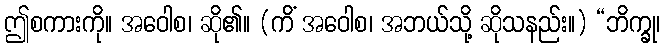
ဤစကားကို။ အဝေါစ၊ ဆို၏။ (ကိံ အဝေါစ၊ အဘယ်သို့ ဆိုသနည်း။) “ဘိက္ခု၊